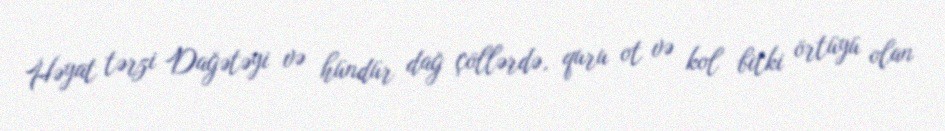
Həyat tərzi Dağətəyi və hündür dağ çöllərdə, quru ot və kol bitki örtüyü olan